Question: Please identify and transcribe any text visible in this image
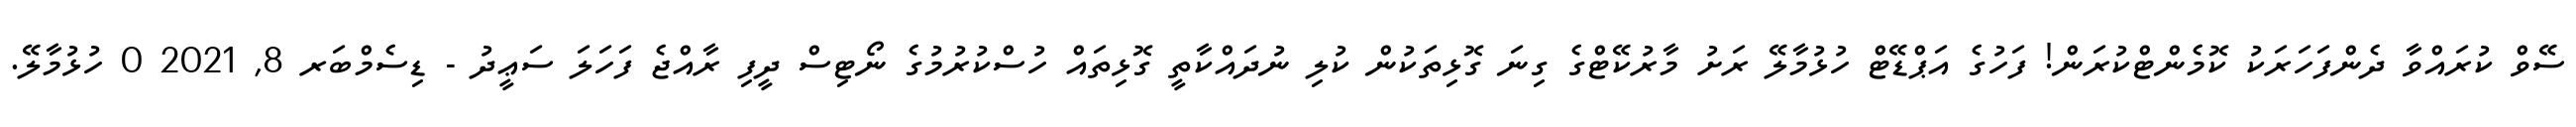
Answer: ސޭވް ކުރައްވާ ދެންފަހަރަކު ކޮމެންޓްކުރަން! ފަހުގެ އަޕްޑޭޓް ހުޅުމާލޭ ރަށު މާރުކޭޓްގެ ގިނަ ގޮޅިތަކުން ކުލި ނުދައްކާތީ ގޮޅިތައް ހުސްކުރުމުގެ ނޯޓިސް ދީފި ރާއްޖެ ފަހަލަ ސަޢީދު - ޑިސެމްބަރ 8, 2021 0 ހުޅުމާލޭ.